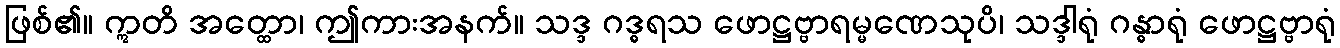
ဖြစ်၏။ ဣတိ အတ္ထော၊ ဤကားအနက်။ သဒ္ဒ ဂဒ္ဓရသ ဖောဋ္ဌဗ္ဗာရမ္မဏေသုပိ၊ သဒ္ဒါရုံ ဂန္ဓာရုံ ဖောဋ္ဌဗ္ဗာရုံ